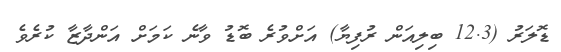
ޑޮލަރު (12.3 ބިލިއަން ރުފިޔާ) އަށްވުރެ ބޮޑު ވާނެ ކަމަށް އަންދާޒާ ކުރެވެ